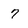
Character: 7